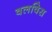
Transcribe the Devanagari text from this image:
वलविस